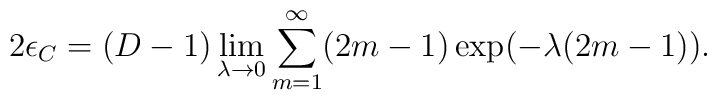
2 \epsilon_C=(D-1)\lim_{\lambda\to 0}\sum_{m=1}^{\infty}(2m-1)\exp(-\lambda (2m-1)).